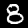
Digit: 8